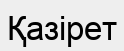
Қазірет